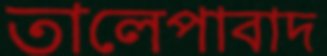
তালেপাবাদ